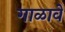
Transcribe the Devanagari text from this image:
गाळावे